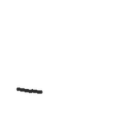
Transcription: - מכללת